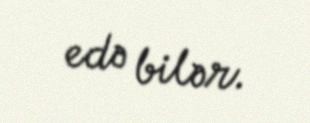
edə bilər.